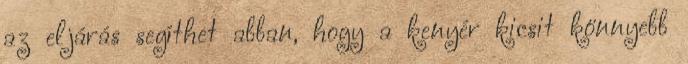
az eljárás segíthet abban, hogy a kenyér kicsit könnyebb